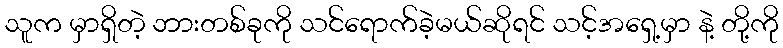
သူက မှာရှိတဲ့ ဘားတစ်ခုကို သင်ရောက်ခဲ့မယ်ဆိုရင် သင့်အရှေ့မှာ နဲ့ တို့ကို